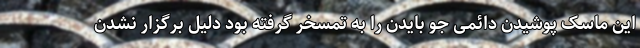
این ماسک پوشیدن دائمی جو بایدن را به تمسخر گرفته بود دلیل برگزار نشدن